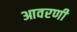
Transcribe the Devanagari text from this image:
आवरणी